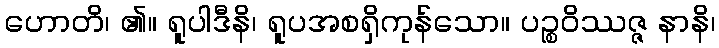
ဟောတိ၊ ၏။ ရူပါဒီနိ၊ ရူပအစရှိကုန်သော။ ပဉ္စဝိဿဇ္ဇ နာနိ၊